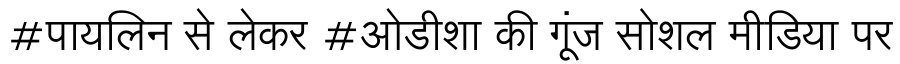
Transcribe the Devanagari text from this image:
#पायलिन से लेकर #ओडीशा की गूंज सोशल मीडिया पर